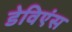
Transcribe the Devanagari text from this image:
डेविएंस